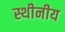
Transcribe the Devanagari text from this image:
स्थीनीय